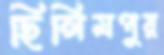
ছিলিমপুর